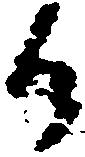
候